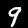
Digit: 9